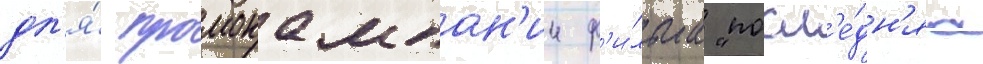
дл'я́ промокампан'ии ф'и́льма "посл'е́дн'яа